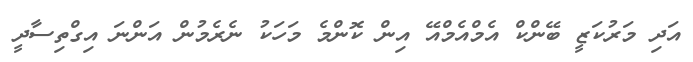
އަދި މަރުކަޒީ ބޭންކް އެމްއެމްއޭ އިން ކޮންމެ މަހަކު ނެރެމުން އަންނަ އިގްތިސާދީ